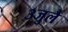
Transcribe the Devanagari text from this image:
३जुलै